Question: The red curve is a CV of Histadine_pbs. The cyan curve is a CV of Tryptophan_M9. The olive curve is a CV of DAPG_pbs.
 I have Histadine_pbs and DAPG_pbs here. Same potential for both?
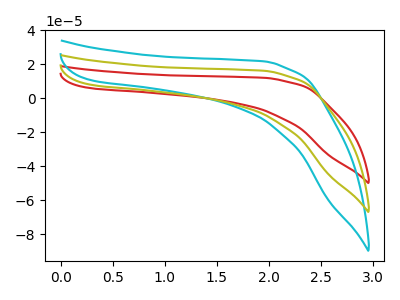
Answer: <think>The red curve "Histadine_pbs" has no peaks. The cyan curve "Tryptophan_M9" has no peaks. The olive curve "DAPG_pbs" has no peaks.
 Neither "Histadine_pbs" or "DAPG_pbs" have any peaks.</think>
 <answer>"Histadine_pbs" and "DAPG_pbs" are similar in shape.</answer>
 <eval>same_shape</eval>